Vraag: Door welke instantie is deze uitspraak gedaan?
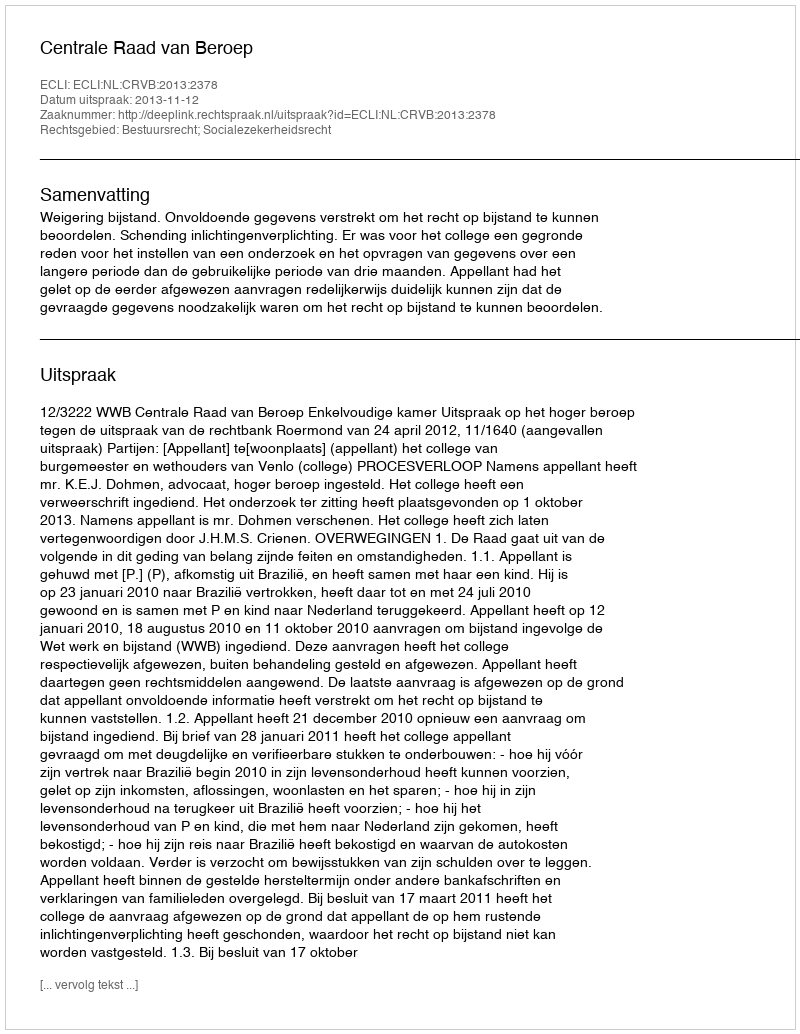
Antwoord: Centrale Raad van Beroep